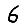
Digit: 6